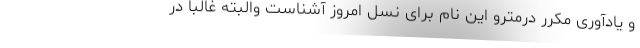
و یادآوری مکرر درمترو این نام برای نسل امروز آشناست والبته غالبا در